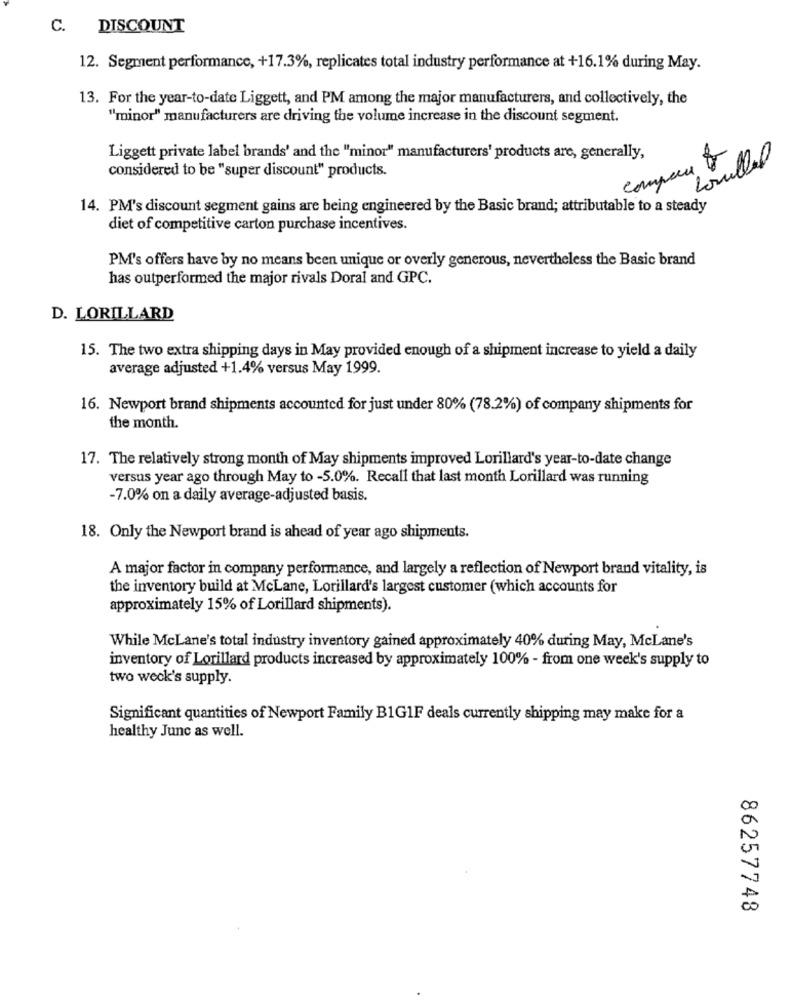
C. DISCOUNT
12. Segment performance, +17.3%, replicates total industry performance at +16.1% during May.
13. For the year-to-date Liggett, and PM among the major manufacturers, and collectively, the
"minor" manufacturers are driving the volume increase in the discount segment.
Liggett private label brands' and the "minor" manufacturers' products are, generally,
considered to be "super discount" products.
comp
14. PM's discount segment gains are being engineered by the Basic brand; attributable to a steady
diet of competitive carton purchase incentives.
PM's offers have by no means been unique or overly generous, nevertheless the Basic brand
has outperformed the major rivals Doral and GPC.
D. LORILLARD
15. The two extra shipping days in May provided enough of a shipment increase to yield a daily
average adjusted +1.4% versus May 1999
16. Newport brand shipments accounted for just under 80% (78.2%) of company shipments for
the month.
17. The relatively strong month of May shipments improved Lorillard's year-to-date change
versus year ago through May to -5.0%. Recall that last month Lorillard was running
-7.0% on a daily average-adjusted basis.
18. Only the Newport brand is ahead of year ago shipments.
A major factor in company performance, and largely a reflection of Newport brand vitality, is
the inventory build at McLane, Lorillard's largest customer (which accounts for
approximately 15% of Lorillard shipments).
While McLane's total industry inventory gained approximately 40% during May, McLane's
inventory of Lorillard products increased by approximately 100% - from one week's supply to
two weck's supply.
Significant quantities of Newport Family B1G1F deals currently shipping may make for a
healthy Junc as well.
86257748